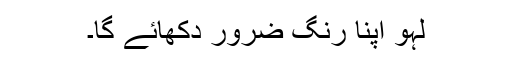
لہو اپنا رنگ ضرور دکھائے گا۔